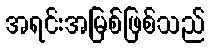
အရင်းအမြစ်ဖြစ်သည်